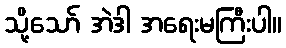
သို့သော် အဲဒါ အရေးမကြီးပါ။